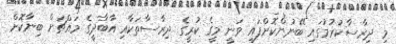
މި ދިރާސާކުރުމުގައި ބޭނުންކޮށްފައި ވަނީ މީގެ ކުރީގެ ދިރާސާތަކާއި އާބާދީގެ މައްޗަށް ބިނާކޮށް